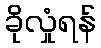
ခိုလှုံရန်